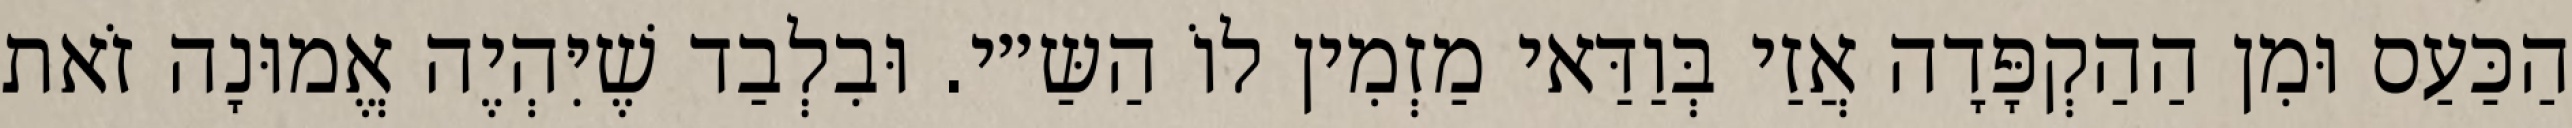
הַכַּעַס וּמִן הַהַקְפָּדָה אֲזַי בְּוַדַּאי מַזְמִין לוֹ הַשַּ״י. וּבִלְבַד שֶׁיִּהְיֶה אֱמוּנָה זֹאת